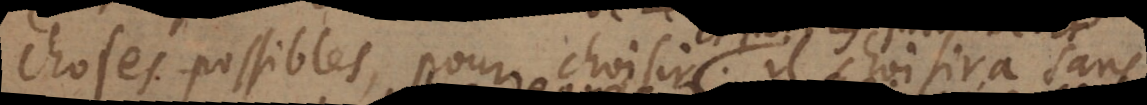
choses possibles, pour choisir. il choisira sans